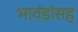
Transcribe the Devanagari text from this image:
भावंडांसह